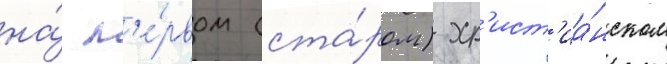
на́ п'е́рвом (ста́ром) хр'ист'иа́нском